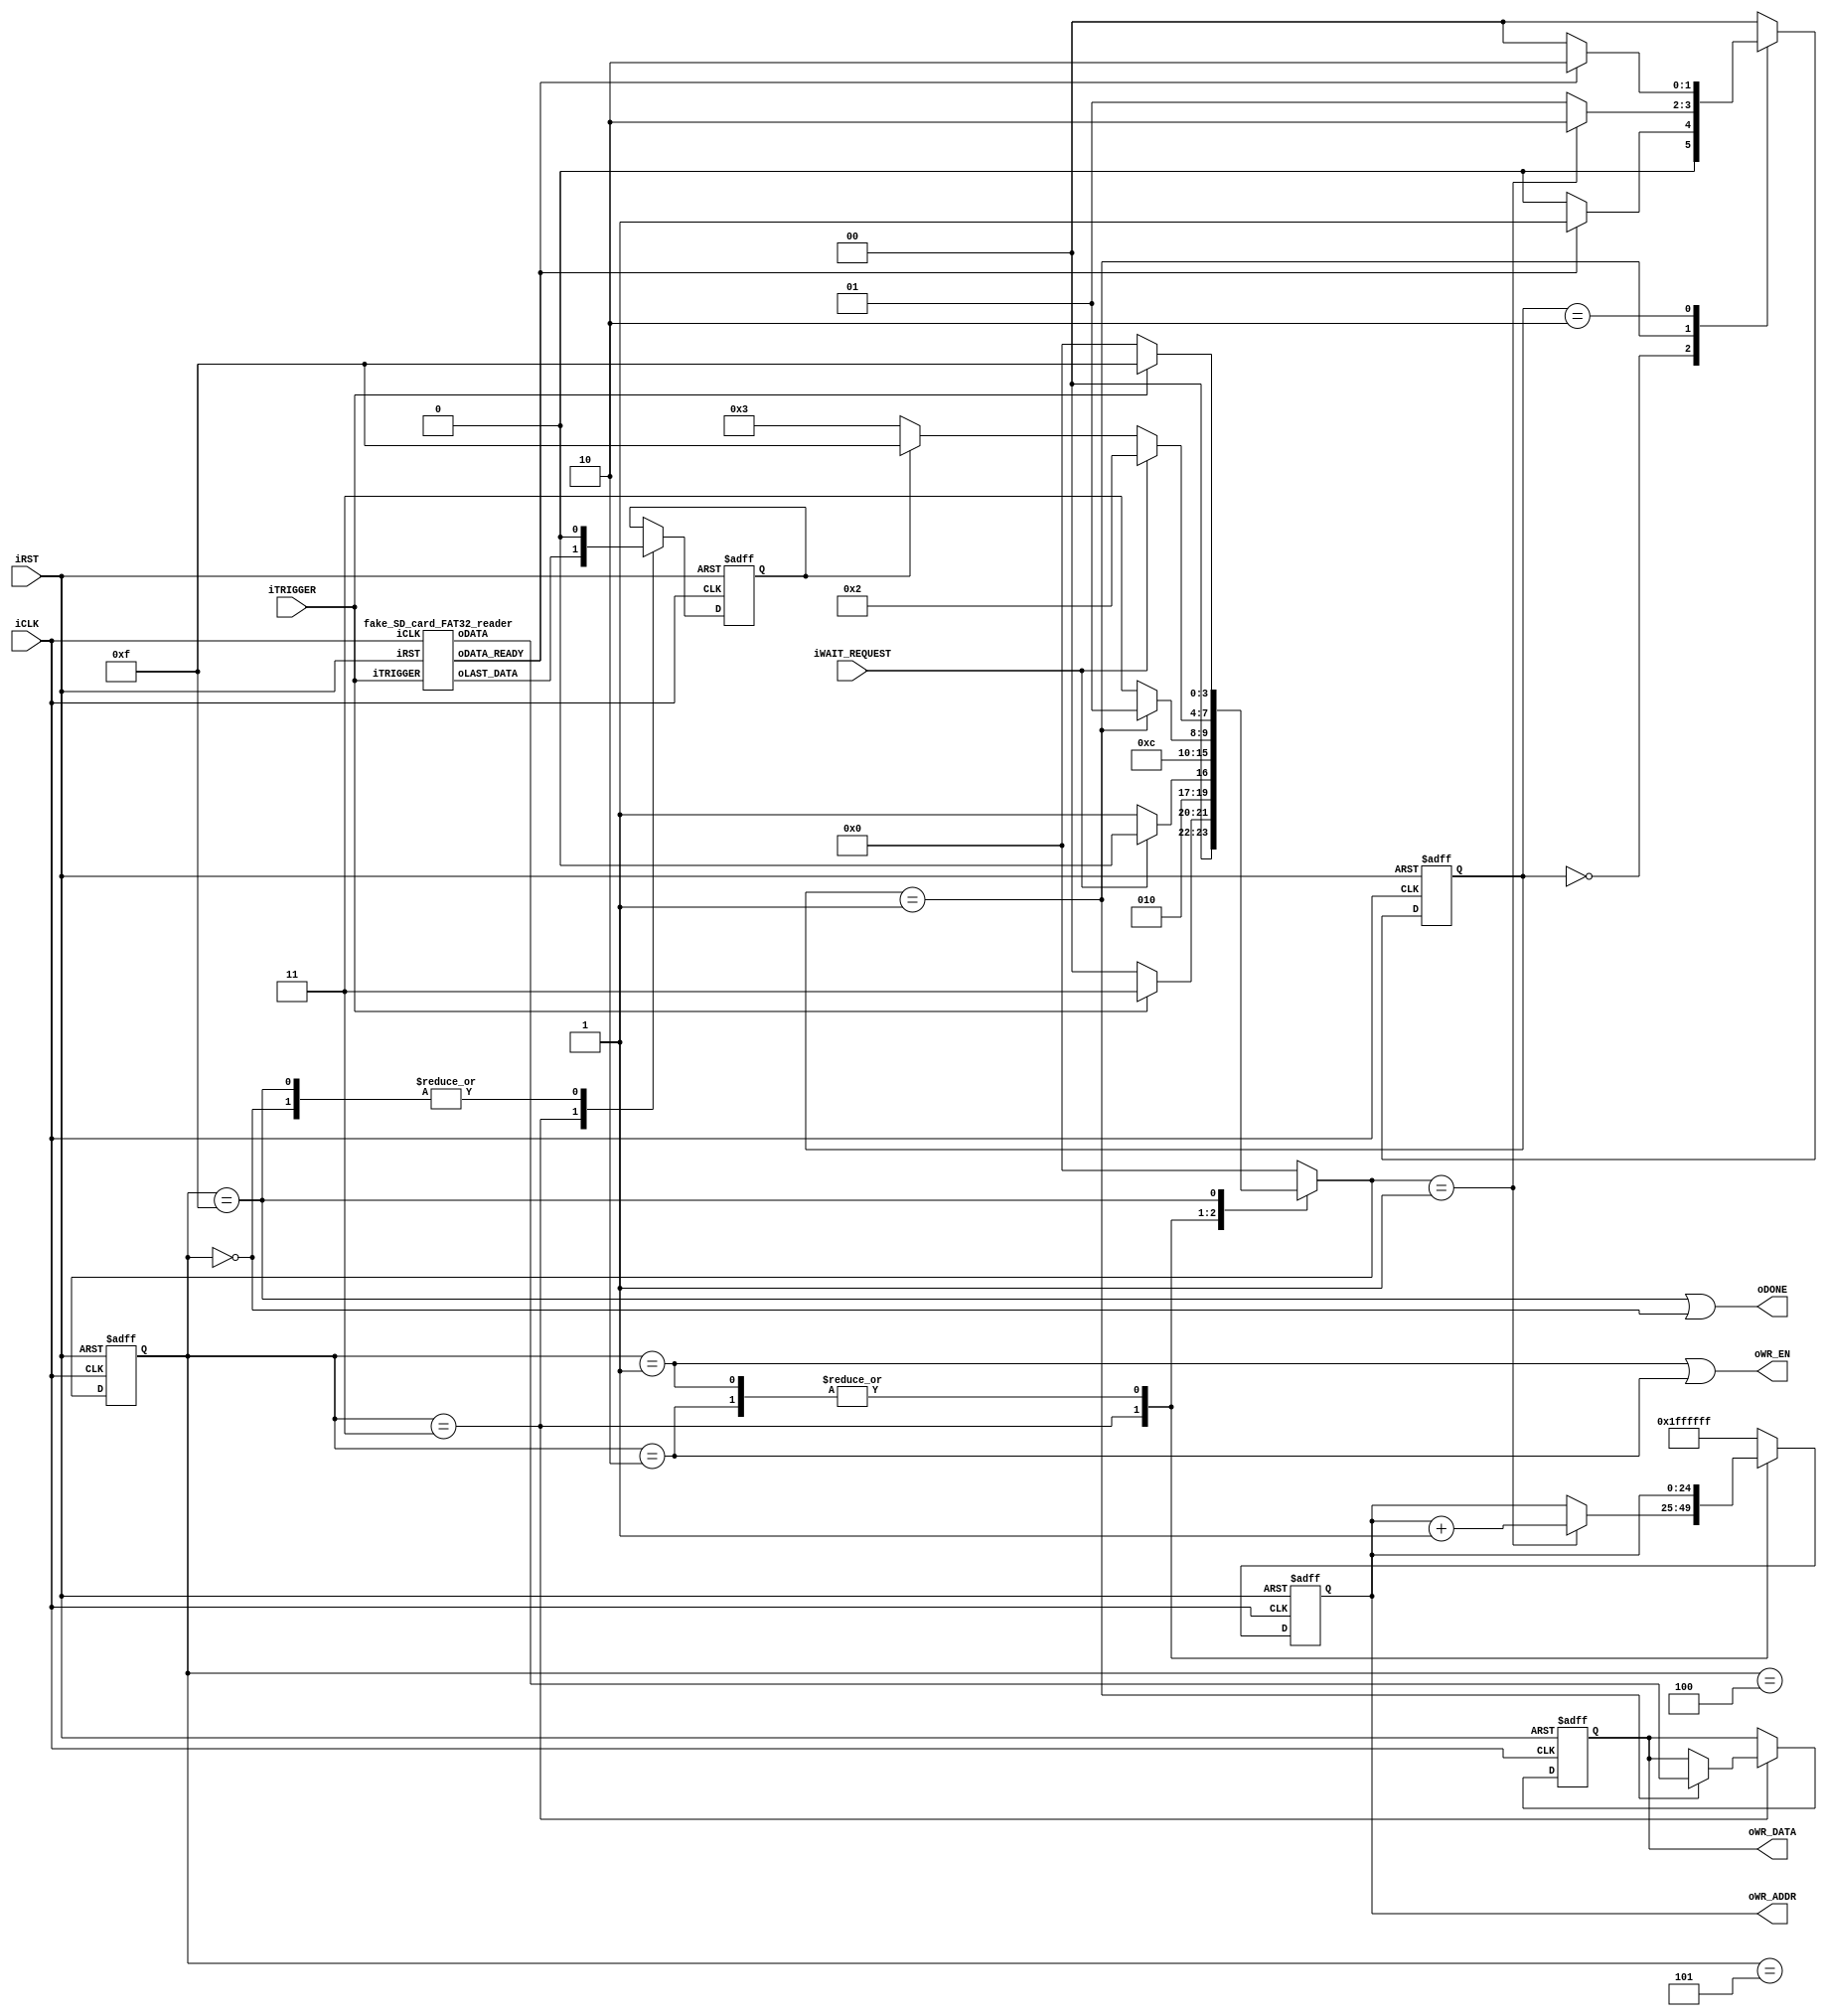
module test_sdram_write(
	input         iCLK,
	input         iRST,

	input         iTRIGGER,
	input         iWAIT_REQUEST,
	output        oWR_EN,
	output [15:0] oWR_DATA,
	output [24:0] oWR_ADDR,
	output        oDONE
);
/*
Writing simple byte patterns into the SDRAM when using module fake_SD_card_FAT32_reader

The 64 frames contain strips at 64 different locations.
This sdram write module should operate faster than the SD card so that the 
data-ready signal (is_data_ready) from SD card read is always captured.
*/

// states
parameter ST_IDLE           = 4'd0;
parameter ST_WAIT_WAITREQ_0 = 4'd4;
parameter ST_WAIT_WAITREQ_1 = 4'd5;
parameter ST_WRITE_WAITDATA = 4'd3;
parameter ST_WRITE_REQ      = 4'd1;
parameter ST_WRITE_STALLED  = 4'd2;
parameter ST_DONE_AND_WAIT  = 4'd15;
// states for ready-signal capturing
parameter RDST_WAITNEW             = 2'b00;
parameter RDST_WAIT_RAM_CAPTURE    = 2'b01;
parameter RDST_WAIT_READER_RETURN  = 2'b10;


// local signals
reg  [3:0]  states, states_next;
reg  [24:0] counter, counter_next, counter_plus_1;
reg  [15:0] data, data_next;
wire [24:0] addr;
wire        is_data_ready;
reg         is_last_data, is_last_data_next;
reg  [1:0]  data_ready_capture_states, data_ready_capture_states_next;

// reader signals
wire        reader_data_ready;
wire        reader_last_data;
wire [15:0] data_from_reader;

// =======================================
//  Main
// =======================================
assign addr = counter;
assign oWR_ADDR = addr;
assign oWR_EN = (states == ST_WRITE_REQ) || (states == ST_WRITE_STALLED);
assign oWR_DATA = data;
assign oDONE = (states == ST_DONE_AND_WAIT) || (states == ST_IDLE);
assign is_data_ready = (data_ready_capture_states == RDST_WAIT_RAM_CAPTURE);

fake_SD_card_FAT32_reader f0(
	.iCLK(iCLK),
	.iRST(iRST),

	.iTRIGGER(iTRIGGER),

	.oDATA(data_from_reader),
	.oDATA_READY(reader_data_ready),
	.oLAST_DATA(reader_last_data)
	);

// data_ready_capture_states_next
always @ (*)
case(data_ready_capture_states)
	// waiting for a new ready signal
	RDST_WAITNEW:
		data_ready_capture_states_next = (reader_data_ready)? RDST_WAIT_RAM_CAPTURE : RDST_WAITNEW;

	// SD card reader ready, RAM module has not captured
	// It is this part that requires the RAM module to write faster than the  the reading of SD card
	// module. Otherwise the fall of reader ready signal (in the next state RDST_WAIT_READER_RETURN)
	// might be missed.
	RDST_WAIT_RAM_CAPTURE:
		data_ready_capture_states_next = (states_next==ST_WRITE_REQ)? RDST_WAIT_READER_RETURN : RDST_WAIT_RAM_CAPTURE;

	// waiting for the reader's ready signal to fall after RAM module has captured the ready signal
	RDST_WAIT_READER_RETURN:
		data_ready_capture_states_next = (!reader_data_ready)? RDST_WAITNEW : RDST_WAIT_READER_RETURN;

	// default
	default:
		data_ready_capture_states_next = RDST_WAITNEW;
endcase


// states_next
always @ (*)
case(states)
	// idle
	ST_IDLE:
		states_next = (iTRIGGER)? ST_WRITE_WAITDATA : ST_IDLE;
		
	ST_WAIT_WAITREQ_0:
		states_next = (iWAIT_REQUEST)? ST_WAIT_WAITREQ_0 : ST_WAIT_WAITREQ_1;
	
	ST_WAIT_WAITREQ_1:
		states_next = ST_WRITE_WAITDATA;

	// wait for data to be ready
	ST_WRITE_WAITDATA:
		states_next = (is_data_ready)? ST_WRITE_REQ : ST_WRITE_WAITDATA;
	
	// ST_WRITE_REQ: send write request
	// ST_WRITE_STALLED: waiting for the sdram controller to proceed
	ST_WRITE_REQ, ST_WRITE_STALLED: begin
		if(iWAIT_REQUEST)
			states_next = ST_WRITE_STALLED;
		else begin
			if(is_last_data) 
				states_next = ST_DONE_AND_WAIT;
			else
				states_next = ST_WRITE_WAITDATA;
		end
	end
	
	//  wait until the end of trigger signal
	ST_DONE_AND_WAIT:
		states_next = (!iTRIGGER)? ST_IDLE : ST_DONE_AND_WAIT;
	
	// default
	default:
		states_next = ST_IDLE;
endcase

// is_last_data_next
always @ (*) begin
	case(states)
		ST_WRITE_WAITDATA:          is_last_data_next = reader_last_data;
		ST_IDLE,ST_DONE_AND_WAIT:   is_last_data_next = 1'b0;  // False
		default:                    is_last_data_next = is_last_data;
	endcase
end

// counter_next
always @ (*) begin
	counter_plus_1 = counter + 1'b1;  // constantly +1 signal

	case(states)
		ST_WRITE_WAITDATA:  counter_next = (states_next==ST_WRITE_REQ)? counter_plus_1 : counter;
		ST_WRITE_REQ:       counter_next = counter;
		ST_WRITE_STALLED:   counter_next = counter;
		default:            counter_next = 25'h1ff_ffff;
	endcase
end

// data_next
always @ (*) begin
	case(states)
		ST_WRITE_WAITDATA:  data_next = (is_data_ready)? data_from_reader : data;
		default:            data_next = data;
	endcase
end


// sequential part
always @ (posedge iRST or posedge iCLK) begin
	if(iRST) begin
		states <= ST_IDLE;
		counter <= 9'd0;
		data <= 0;
		data_ready_capture_states <= RDST_WAITNEW;
		is_last_data <= 1'b0;
	end
	else begin
		states <= states_next;
		counter <= counter_next;
		data <= data_next;
		data_ready_capture_states <= data_ready_capture_states_next;
		is_last_data <= is_last_data_next;
	end
end

endmodule



module fake_SD_card_FAT32_reader(
	input         iCLK,
	input         iRST,

	input         iTRIGGER,

	output [15:0] oDATA,
	output        oDATA_READY,
	output        oLAST_DATA
	);

// Simulate a slow SD card module by slowing the clock
reg [2:0] clock_counter;
wire CLOCK;
always @ (posedge iCLK) begin
	clock_counter <= clock_counter + 1'b1;
end
assign CLOCK = clock_counter[2];



// states
parameter ST_IDLE = 4'd0;
parameter ST_PREPARE_DATA = 4'd1;
parameter ST_SEND_REQ = 4'd2;
parameter ST_PREP_LAST = 4'd3;
parameter ST_REQ_LAST = 4'd4;
parameter ST_DONE_AND_WAIT = 4'd5;

parameter STRIP_WIDTH = 12;  // in unit of pixels

reg [3:0]         states, states_next;
reg [24:0]        counter, counter_next;
reg [15:0]        data, data_next;
wire [5:0]        frame_id;
wire [9:0]        line_id;
wire [8:0]        twobytes_id;
reg [15:0]        rDATA;
reg               rDATA_READY;
reg               rLAST_DATA;

assign frame_id = counter[24:19];
assign line_id = counter[18:9];
assign twobytes_id = counter[8:0];

always @ (posedge CLOCK) begin
	// retarding the output signals
	rDATA <= data;
	rDATA_READY <= (states == ST_SEND_REQ) || (states == ST_REQ_LAST);
	rLAST_DATA <= (states == ST_REQ_LAST);
end
assign oDATA = rDATA;
assign oDATA_READY = rDATA_READY;
assign oLAST_DATA = rLAST_DATA;

// states_next
always @ (*)
case(states)
	ST_IDLE:          states_next = (iTRIGGER)? ST_PREPARE_DATA : ST_IDLE;
	ST_PREPARE_DATA:  states_next = ST_SEND_REQ;
	ST_SEND_REQ:      states_next = (counter == 25'h1ff_fffe)? ST_PREP_LAST : ST_PREPARE_DATA;
	ST_PREP_LAST:     states_next = ST_REQ_LAST;
	ST_REQ_LAST:      states_next = ST_DONE_AND_WAIT;
	ST_DONE_AND_WAIT: states_next = (!iTRIGGER)? ST_IDLE : ST_DONE_AND_WAIT;
	default:          states_next = ST_IDLE;
endcase

// counter_next
always @ (*)
case(states)
	ST_IDLE:          counter_next = 25'd0;
	ST_PREPARE_DATA:  counter_next = counter;
	ST_SEND_REQ:      counter_next = counter + 1'b1;
	ST_PREP_LAST:     counter_next = counter;
	ST_REQ_LAST:      counter_next = counter;
	default:          counter_next = 25'd0;
endcase

// data_next
always @ (*)
case(states)
	ST_IDLE:
		data_next = 16'd0;
	ST_PREPARE_DATA, ST_PREP_LAST: begin
		if(line_id == 10'd0)
			data_next = 16'hffff;
		else if((twobytes_id >= frame_id*8) && (twobytes_id < frame_id*8 + STRIP_WIDTH/2))
			data_next = {2'b11, line_id[9:7],3'b111, 2'b11,line_id[9:7],3'b111};
		else
			data_next = 16'd0;
	end
	default:
		data_next = data;
endcase

// sequential part
always @ (posedge iRST or posedge CLOCK) begin
	if(iRST) begin
		states <= ST_IDLE;
		counter <= 25'd0;
		data <= 16'd0;
	end
	else begin
		states <= states_next;
		counter <= counter_next;
		data <= data_next;
	end
end	
	
endmodule